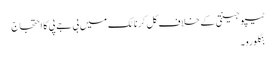
ٹیپو جینتی کے خلاف کل کرناٹک میں بی جے پی کا احتجاج
بنگلورو۔